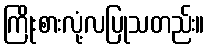
ကြိုးစားလုံ့လပြုသတည်း။